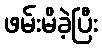
ဖမ်းမိခဲ့ပြီး